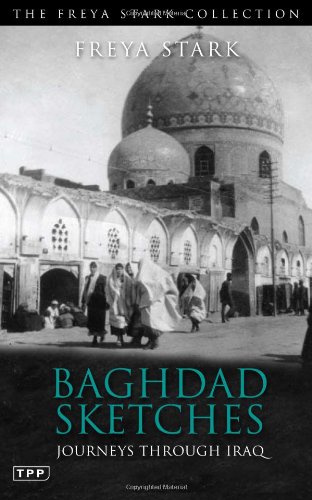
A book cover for Baghdad Sketches: Journeys through Iraq (The Freya Stark Collection); Freya Stark; Travel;